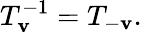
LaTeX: T_{\mathbf{v}}^{-1}=T_{-\mathbf{v}}.